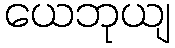
ယေဘုယျ